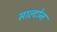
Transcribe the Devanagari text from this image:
साल्टोन